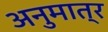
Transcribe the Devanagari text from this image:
अनुमात्र